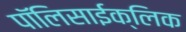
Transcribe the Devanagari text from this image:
पॉलिसाईक्लिक